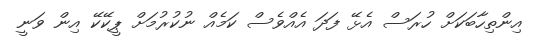
އިންތިހާބަކަށް ހުރަސް އެޅޭ ފަދަ އެއްވެސް ކަމެއް ނުކުރުމަށް ޕީކޭކޭ އިން ވަނީ